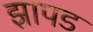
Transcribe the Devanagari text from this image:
झापड